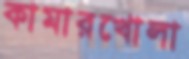
কামারখোলা